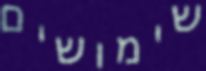
שימושים